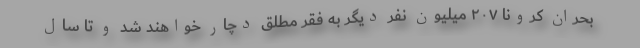
بحران کرونا ۲۰۷ میلیون نفر دیگر به فقر مطلق دچار خواهند شد و تا سال